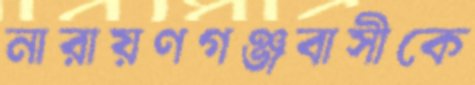
নারায়ণগঞ্জবাসীকে